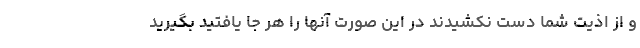
و از اذیت شما دست نکشیدند در این صورت آنها را هر جا یافتید بگیرید